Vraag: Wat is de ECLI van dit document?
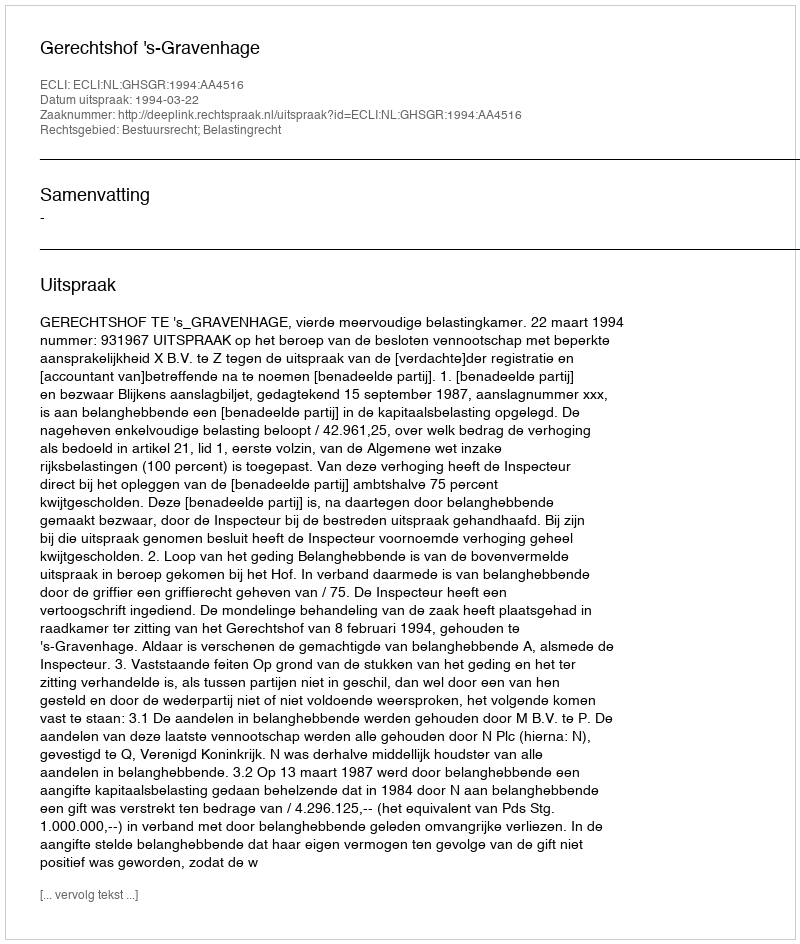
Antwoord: ECLI:NL:GHSGR:1994:AA4516